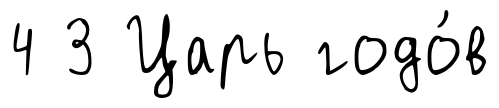
4 3 Царь годо́в